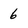
Character: 6